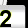
Digit: 2